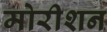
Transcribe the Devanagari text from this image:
मोरीशन